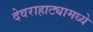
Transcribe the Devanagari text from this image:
देवराहाट्यामध्ये